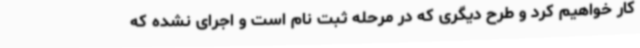
کار خواهیم کرد و طرح دیگری که در مرحله ثبت نام است و اجرای نشده که